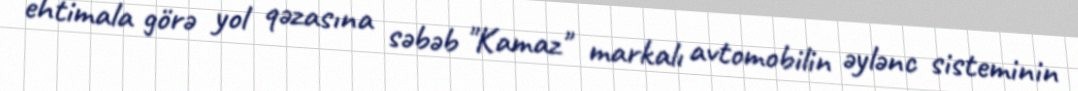
ehtimala görə yol qəzasına səbəb "Kamaz" markalı avtomobilin əylənc sisteminin